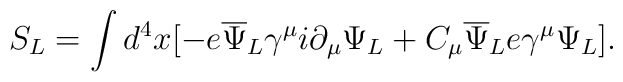
S_L= \int d^4x [-e{\overline\Psi}_L\gamma^\mu i\partial_\mu\Psi_L+ C_\mu{\overline\Psi}_L e\gamma^\mu \Psi_L].